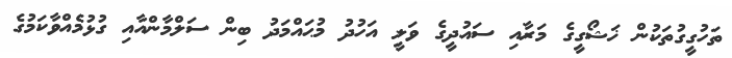
ތަހުގީގުތަކުން ޚަޝޯގީގެ މަރާއި ސައުދީގެ ވަލީ އަހުދު މުޙައްމަދު ބިން ސަލްމާންއާއި ގުޅުމެއްވާކަމުގެ